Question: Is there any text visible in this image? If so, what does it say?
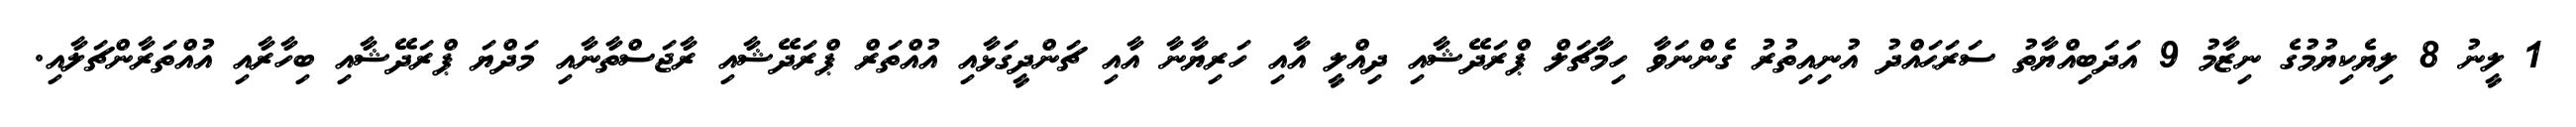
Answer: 1 ލީނު 8 ލިޔެކިޔުމުގެ ނިޒާމު 9 އަދަބިއްޔާތު ސަރަޙައްދު އުނިއިތުރު ގެންނަވާ ހިމާޗަލް ޕްރަދޭޝާއި ދިއްލީ އާއި ހަރިޔާނާ އާއި ޗަންދީގަޅާއި އުއްތަރް ޕްރަދޭޝާއި ރާޖަސްތާނާއި މަދްޔަ ޕްރަދޭޝާއި ބިހާރާއި އުއްތަރާންޗަލާއި.